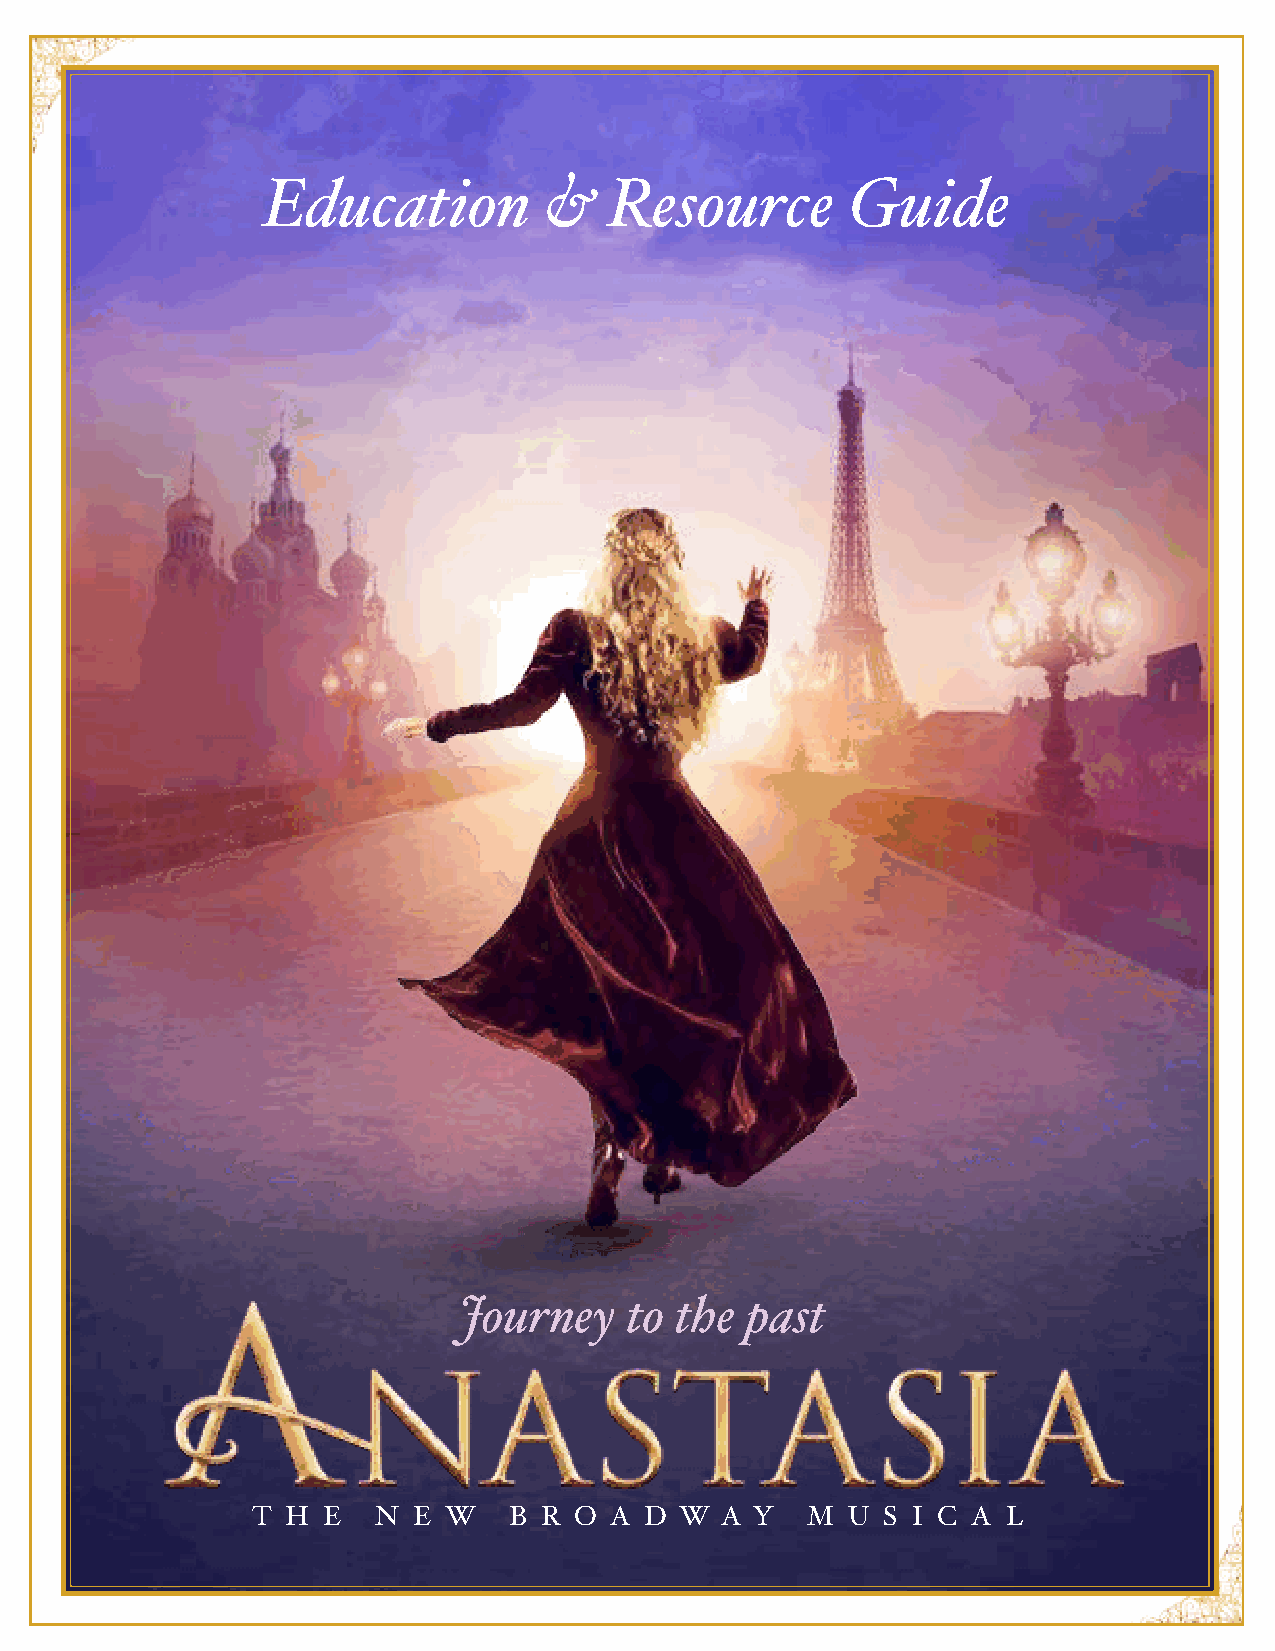
Education          &   Resource        Guide
 Journey    to  the past
 T H E   N E  W   B R O A  D W  A Y  M  U S I C A  L